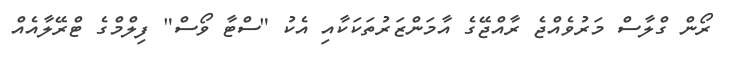
ރޯން ގްލާސް މަރުވެއްޖެ ރާއްޖޭގެ އާމަންޒަރުތަކަކާއި އެކު "ސްޓާ ވޯސް" ފިލްމްގެ ޓްރޭލާއެއް